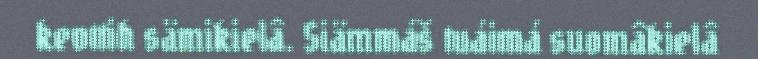
kevttih sämikielâ. Siämmáš tuáimá suomâkielâ